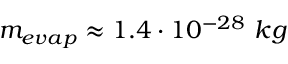
m _ { e v a p } \approx 1 . 4 \cdot 1 0 ^ { - 2 8 } ~ k g